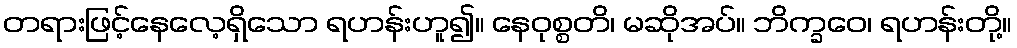
တရားဖြင့်နေလေ့ရှိသော ရဟန်းဟူ၍။ နေဝုစ္စတိ၊ မဆိုအပ်။ ဘိက္ခဝေ၊ ရဟန်းတို့။